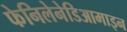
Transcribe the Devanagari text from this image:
फेनिलेनेडिआमाइन